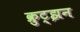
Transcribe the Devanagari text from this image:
क्रुट्झन